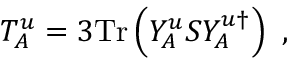
T _ { A } ^ { u } = 3 \mathrm { T r } \left( Y _ { A } ^ { u } S Y _ { A } ^ { u \dagger } \right) \ ,